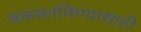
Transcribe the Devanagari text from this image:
बळकाविण्यासाठी